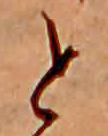
と